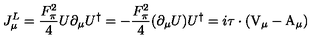
J _ { \mu } ^ { L } = \frac { F _ { \pi } ^ { 2 } } { 4 } U \partial _ { \mu } U ^ { \dag } = - \frac { F _ { \pi } ^ { 2 } } { 4 } ( \partial _ { \mu } U ) U ^ { \dag } = i \mathrm { \boldmath \tau } \cdot ( \mathrm { \boldmath V } _ { \mu } - \mathrm { \boldmath A } _ { \mu } )